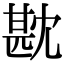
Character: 㽎